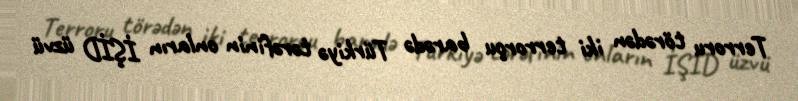
Terroru törədən iki terrorçu barədə Türkiyə tərəfinin onların İŞİD üzvü